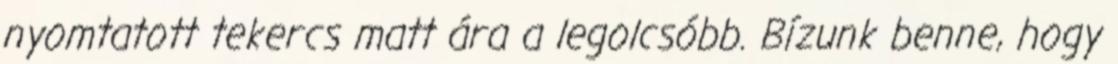
nyomtatott tekercs matt ára a legolcsóbb. Bízunk benne, hogy